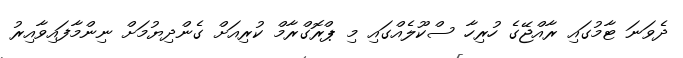
ދެވަނަ ޓާމުގައި ރާއްޖޭގެ ހުރިހާ ސްކޫލެއްގައި މި ޕްރޮގްރާމް ކުރިއަށް ގެންދިޔުމަށް ނިންމާފައިވާއިރު